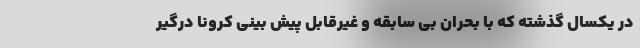
در یکسال گذشته که با بحران بی سابقه و غیرقابل پیش بینی کرونا درگیر